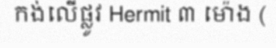
កង់លើផ្លូវ Hermit ៣ ម៉ោង (